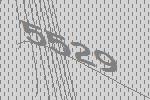
5529